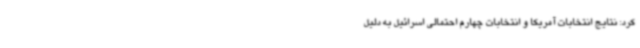
کرد: نتایج انتخابات آمریکا و انتخابات چهارم احتمالی اسرائیل به دلیل